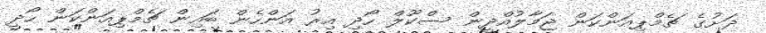
ދަށުގެ ޗެމްޕިއަންކަން ޖަމާލުއްދީން ސްކޫލް ހޯދި އިރު އަންހެން ބައިން ޗެމްޕިއަންކަން ހޯދީ